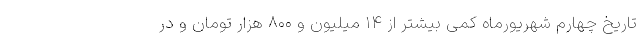
تاریخ چهارم شهریورماه کمی بیشتر از ۱۴ میلیون و ۸۰۰ هزار تومان و در